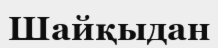
Шайқыдан